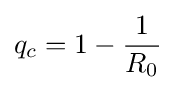
q_{c}=1-{\frac {1}{R_{0}}}